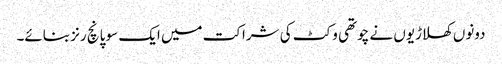
دونوں کھلاڑیوں نے چوتھی وکٹ کی شراکت میں ایک سو پانچ رنز بنائے۔